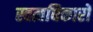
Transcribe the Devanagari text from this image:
स्वत्वधिकारों